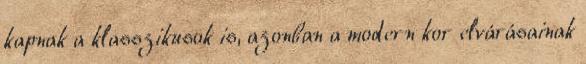
kapnak a klasszikusok is, azonban a modern kor elvárásainak